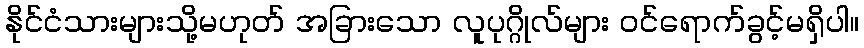
နိုင်ငံသားများသို့မဟုတ် အခြားသော လူပုဂ္ဂိုလ်များ ဝင်ရောက်ခွင့်မရှိပါ။